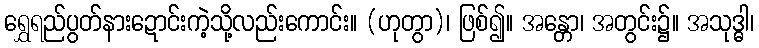
ရွှေရည်ပွတ်နားဍောင်းကဲ့သို့လည်းကောင်း။ (ဟုတွာ)၊ ဖြစ်၍။ အန္တော၊ အတွင်း၌။ အသုဒ္ဓါ၊